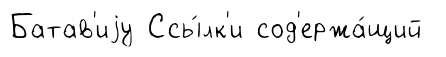
Батав'иjу Ссы́лк'и сод'ержа́щий